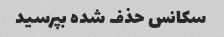
سکانس حذف شده بپرسید